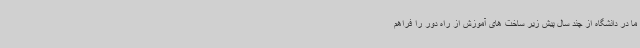
ما در دانشگاه از چند سال پیش زیر ساخت های آموزش از راه دور را فراهم